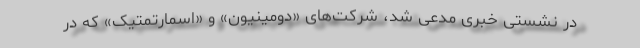
در نشستی خبری مدعی شد، شرکت‌های «دومینیون» و «اسمارتمَتیک» که در